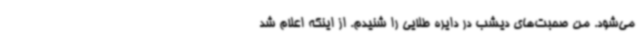
می‌شود. من صحبت‌های دیشب در دایره طلایی را شنیدم. از اینکه اعلام شد